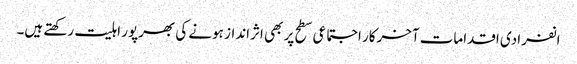
انفرادی اقدامات آخرکار اجتماعی سطح پر بھی اثرانداز ہونے کی بھرپور اہلیت رکھتے ہیں۔